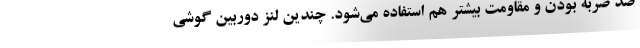
ضد ضربه بودن و مقاومت بیشتر هم استفاده می‌شود. چندین لنز دوربین گوشی